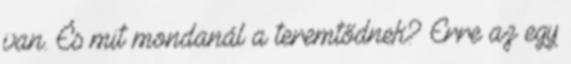
van. És mit mondanál a teremtődnek? Erre az egy